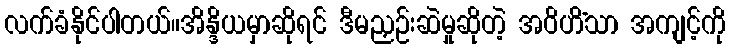
လက်ခံနိုင်ပါတယ်။အိန္ဒိယမှာဆိုရင် ဒီမညှဉ်းဆဲမှုဆိုတဲ့ အဝိဟိံသာ အကျင့်ကို